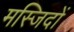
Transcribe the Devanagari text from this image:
मस्‍जिदों